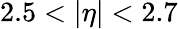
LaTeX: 2.5<|\eta|<2.7